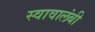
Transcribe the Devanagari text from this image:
स्वावालंबी